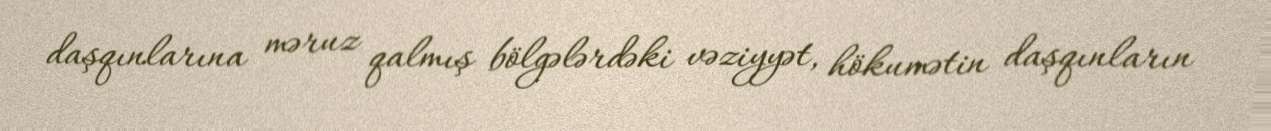
daşqınlarına məruz qalmış bölgələrdəki vəziyyət, hökumətin daşqınların